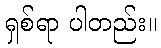
ရှစ်ရာ ပါတည်း။